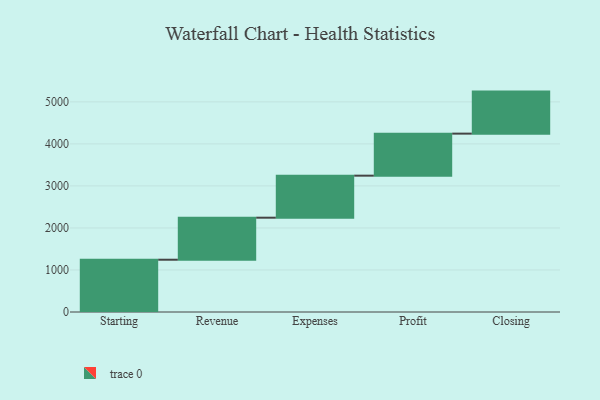
{"axis": {"x": "Step", "y": "Value"}, "legend": [""], "data": [{"x": "Starting", "y": 1244.0, "type": ""}, {"x": "Revenue", "y": 1000, "type": ""}, {"x": "Expenses", "y": 1000, "type": ""}, {"x": "Profit", "y": 1000, "type": ""}, {"x": "Closing", "y": 1000, "type": ""}]}